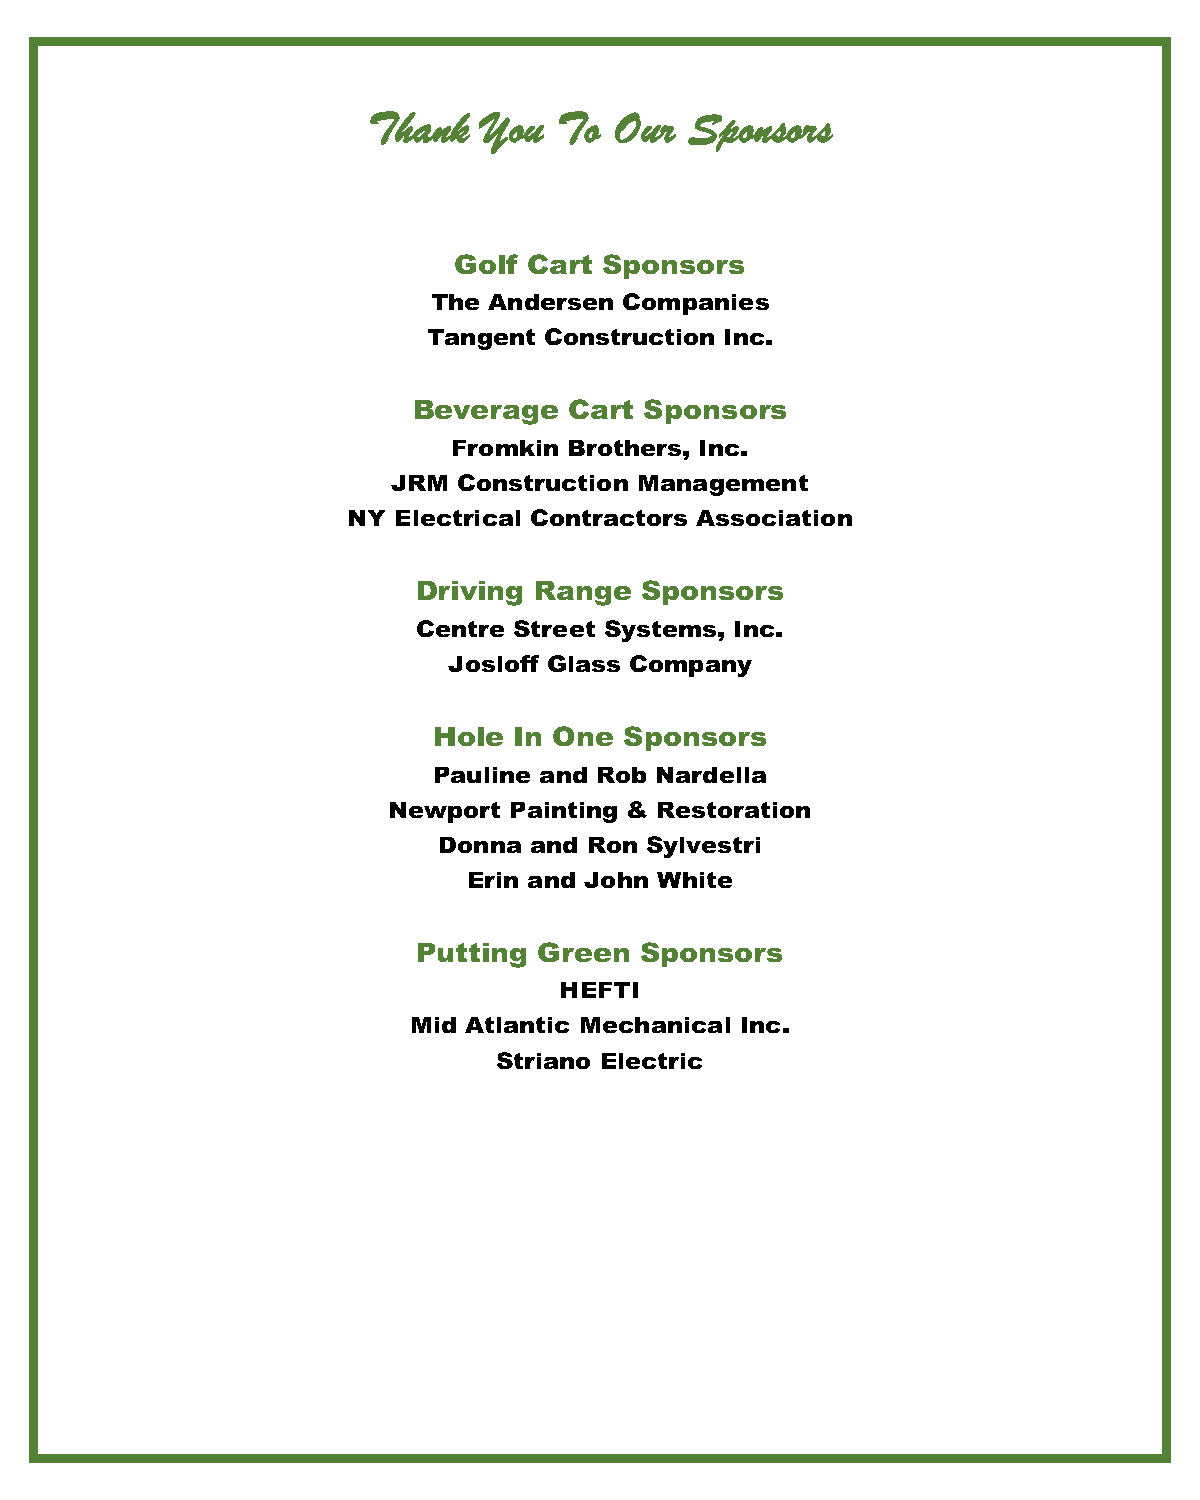
TThhaannkk YYoouu TToo OOuurr SSppoonnssoorrss
 Golf Cart Sponsors
 The Andersen Companies
 Tangent Construction Inc.
 Beverage   Cart Sponsors
 Fromkin Brothers, Inc.
 JRM Construction Management
 NY Electrical Contractors Association
 Driving Range Sponsors
 Centre Street Systems, Inc.
 Josloff Glass Company
 Hole In One Sponsors
 Pauline and Rob Nardella
 Newport Painting & Restoration
 Donna and Ron Sylvestri
 Erin and John White
 Putting Green Sponsors
 HEFTI
 Mid Atlantic Mechanical Inc.
 Striano Electric